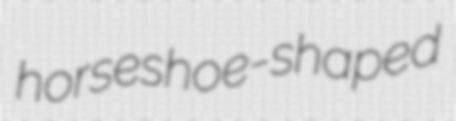
horseshoe-shaped